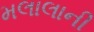
મલાલાની